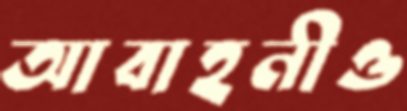
আবাহনীও